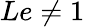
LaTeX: Le\neq 1